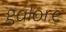
galore